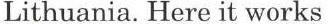
Lithuania. Here it works